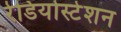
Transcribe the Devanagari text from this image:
रेडियोस्टेशन